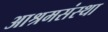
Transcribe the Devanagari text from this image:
आश्रमसंस्था